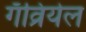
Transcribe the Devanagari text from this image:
गॅव्रियेल